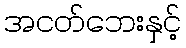
အငတ်ဘေးနှင့်